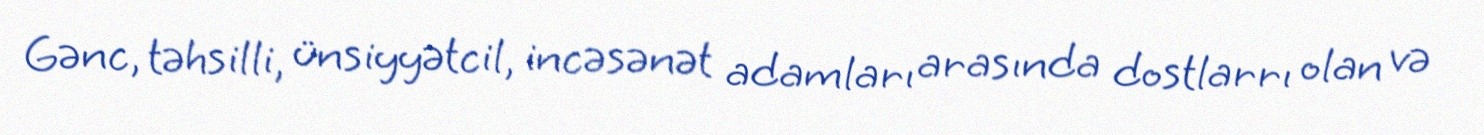
Gənc, təhsilli, ünsiyyətcil, incəsənət adamları arasında dostlarrı olan və